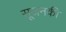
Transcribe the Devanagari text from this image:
सूजनकी